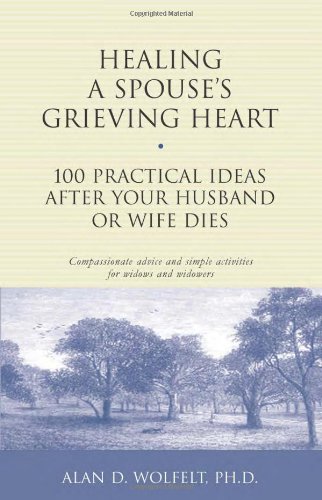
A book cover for Healing a Spouse's Grieving Heart: 100 Practical Ideas After Your Husband or Wife Dies (Healing Your Grieving Heart series); Alan D. Wolfelt PhD; Self-Help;